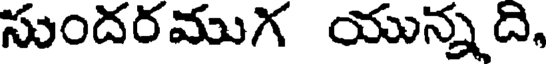
సుందరముగ యున్నది,